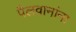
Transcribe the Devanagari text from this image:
पैलवानांना